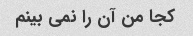
کجا من آن را نمی بینم